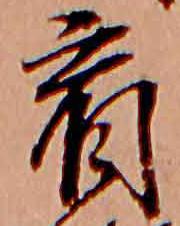
看